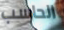
الحاسب